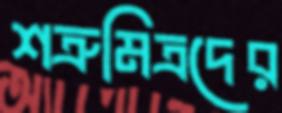
শত্রুমিত্রদের